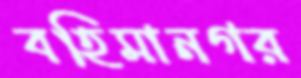
বহিমানগর